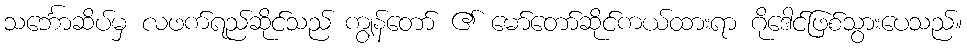
သင်္ဘောဆိပ်မှ လဖက်ရည်ဆိုင်သည် ကျွန်တော် ၏ မော်တော်ဆိုင်ကယ်ထားရာ ဂိုဒေါင်ဖြစ်သွားပေသည်။